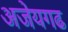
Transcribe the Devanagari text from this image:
अजेयगढ